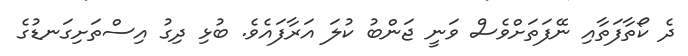
ދެ ކޯތާފަތާއި ނޭފަތަށްވެސް ވަނީ ޖަންބު ކުލަ އަރާފައެވެ. ބުޅި ދިގު އިސްތަށިގަނޑުގެ